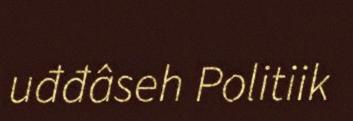
uđđâseh Politiik